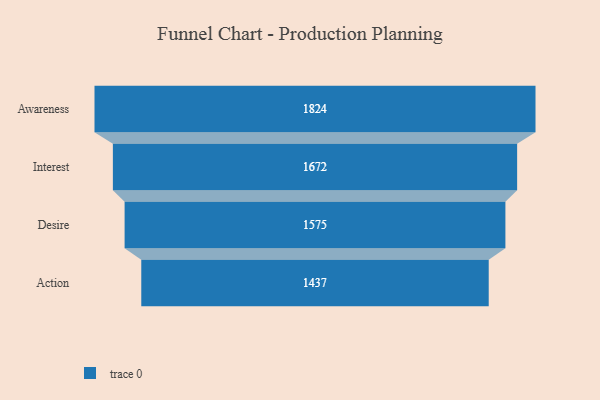
{"axis": {"x": "Stage", "y": "Value"}, "legend": [""], "data": [{"x": "Awareness", "y": 1824.0, "type": ""}, {"x": "Interest", "y": 1672.0, "type": ""}, {"x": "Desire", "y": 1575.0, "type": ""}, {"x": "Action", "y": 1437.0, "type": ""}]}